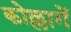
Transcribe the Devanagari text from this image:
कोल्लागें